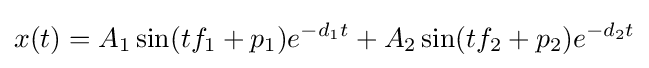
x(t)=A_{1}\sin(tf_{1}+p_{1})e^{-d_{1}t}+A_{2}\sin(tf_{2}+p_{2})e^{-d_{2}t}